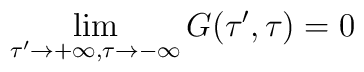
\lim_{\tau' \rightarrow +\infty, \tau \rightarrow - \infty} G(\tau',\tau) = 0